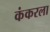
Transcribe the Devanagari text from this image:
कंकरला